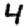
Digit: 4